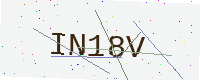
Text: IN18V